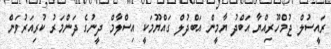
ރައީސުލް ޖުމްހޫރިއްޔާ އަބްދު ޔާމީން އަބްދުލް ގައްޔޫމަކީ އިސްލާމް ދީނުގެ ދަންމަރު ކުރިއަރުވަން